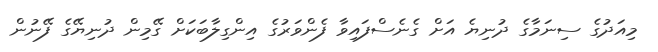
މިއަދުގެ ސިނަމާގެ ދުނިޔެ އަށް ގެނެސްފައިވާ ފެންވަރުގެ އިންގިލާބަކަށް ގޭމިން ދުނިޔޭގެ ފޭނުން